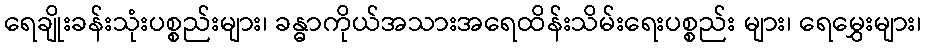
ရေချိုးခန်းသုံးပစ္စည်းများ၊ ခန္ဓာကိုယ်အသားအရေထိန်းသိမ်းရေးပစ္စည်း များ၊ ရေမွှေးများ၊